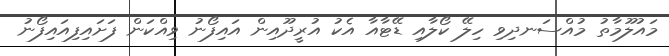
މައުލޫމާތު މުއްސަނދިވި ހިލޭ ކޯލާއި ޑޭޓާއާ އެކު އުރީދޫއިން އައިފޯނު ވިއްކަން ފަށައިފިއައިފޯނު